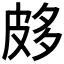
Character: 𤿦